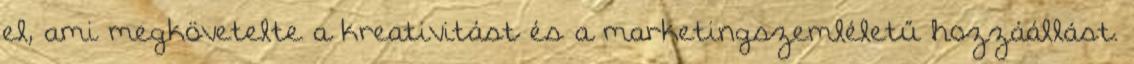
el, ami megkövetelte a kreativitást és a marketingszemléletű hozzáállást.